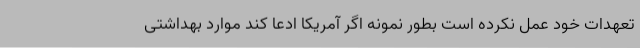
تعهدات خود عمل نکرده است بطور نمونه اگر آمریکا ادعا کند موارد بهداشتی